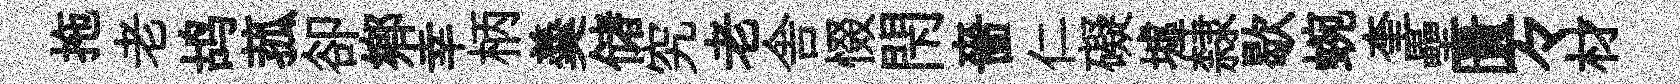
拖老鸪菰卻鄕幸柄羮储究老舎惙閇嗇仁礙墟隸歇蜿奎壘匱々材